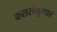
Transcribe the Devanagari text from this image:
करारांनुसार